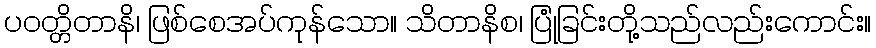
ပဝတ္တိတာနိ၊ ဖြစ်စေအပ်ကုန်သော။ သိတာနိစ၊ ပြုံခြင်းတို့သည်လည်းကောင်း။